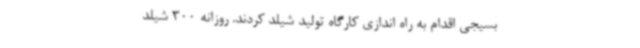
بسیجی اقدام به راه اندازی کارگاه تولید شیلد کردند. روزانه 300 شیلد